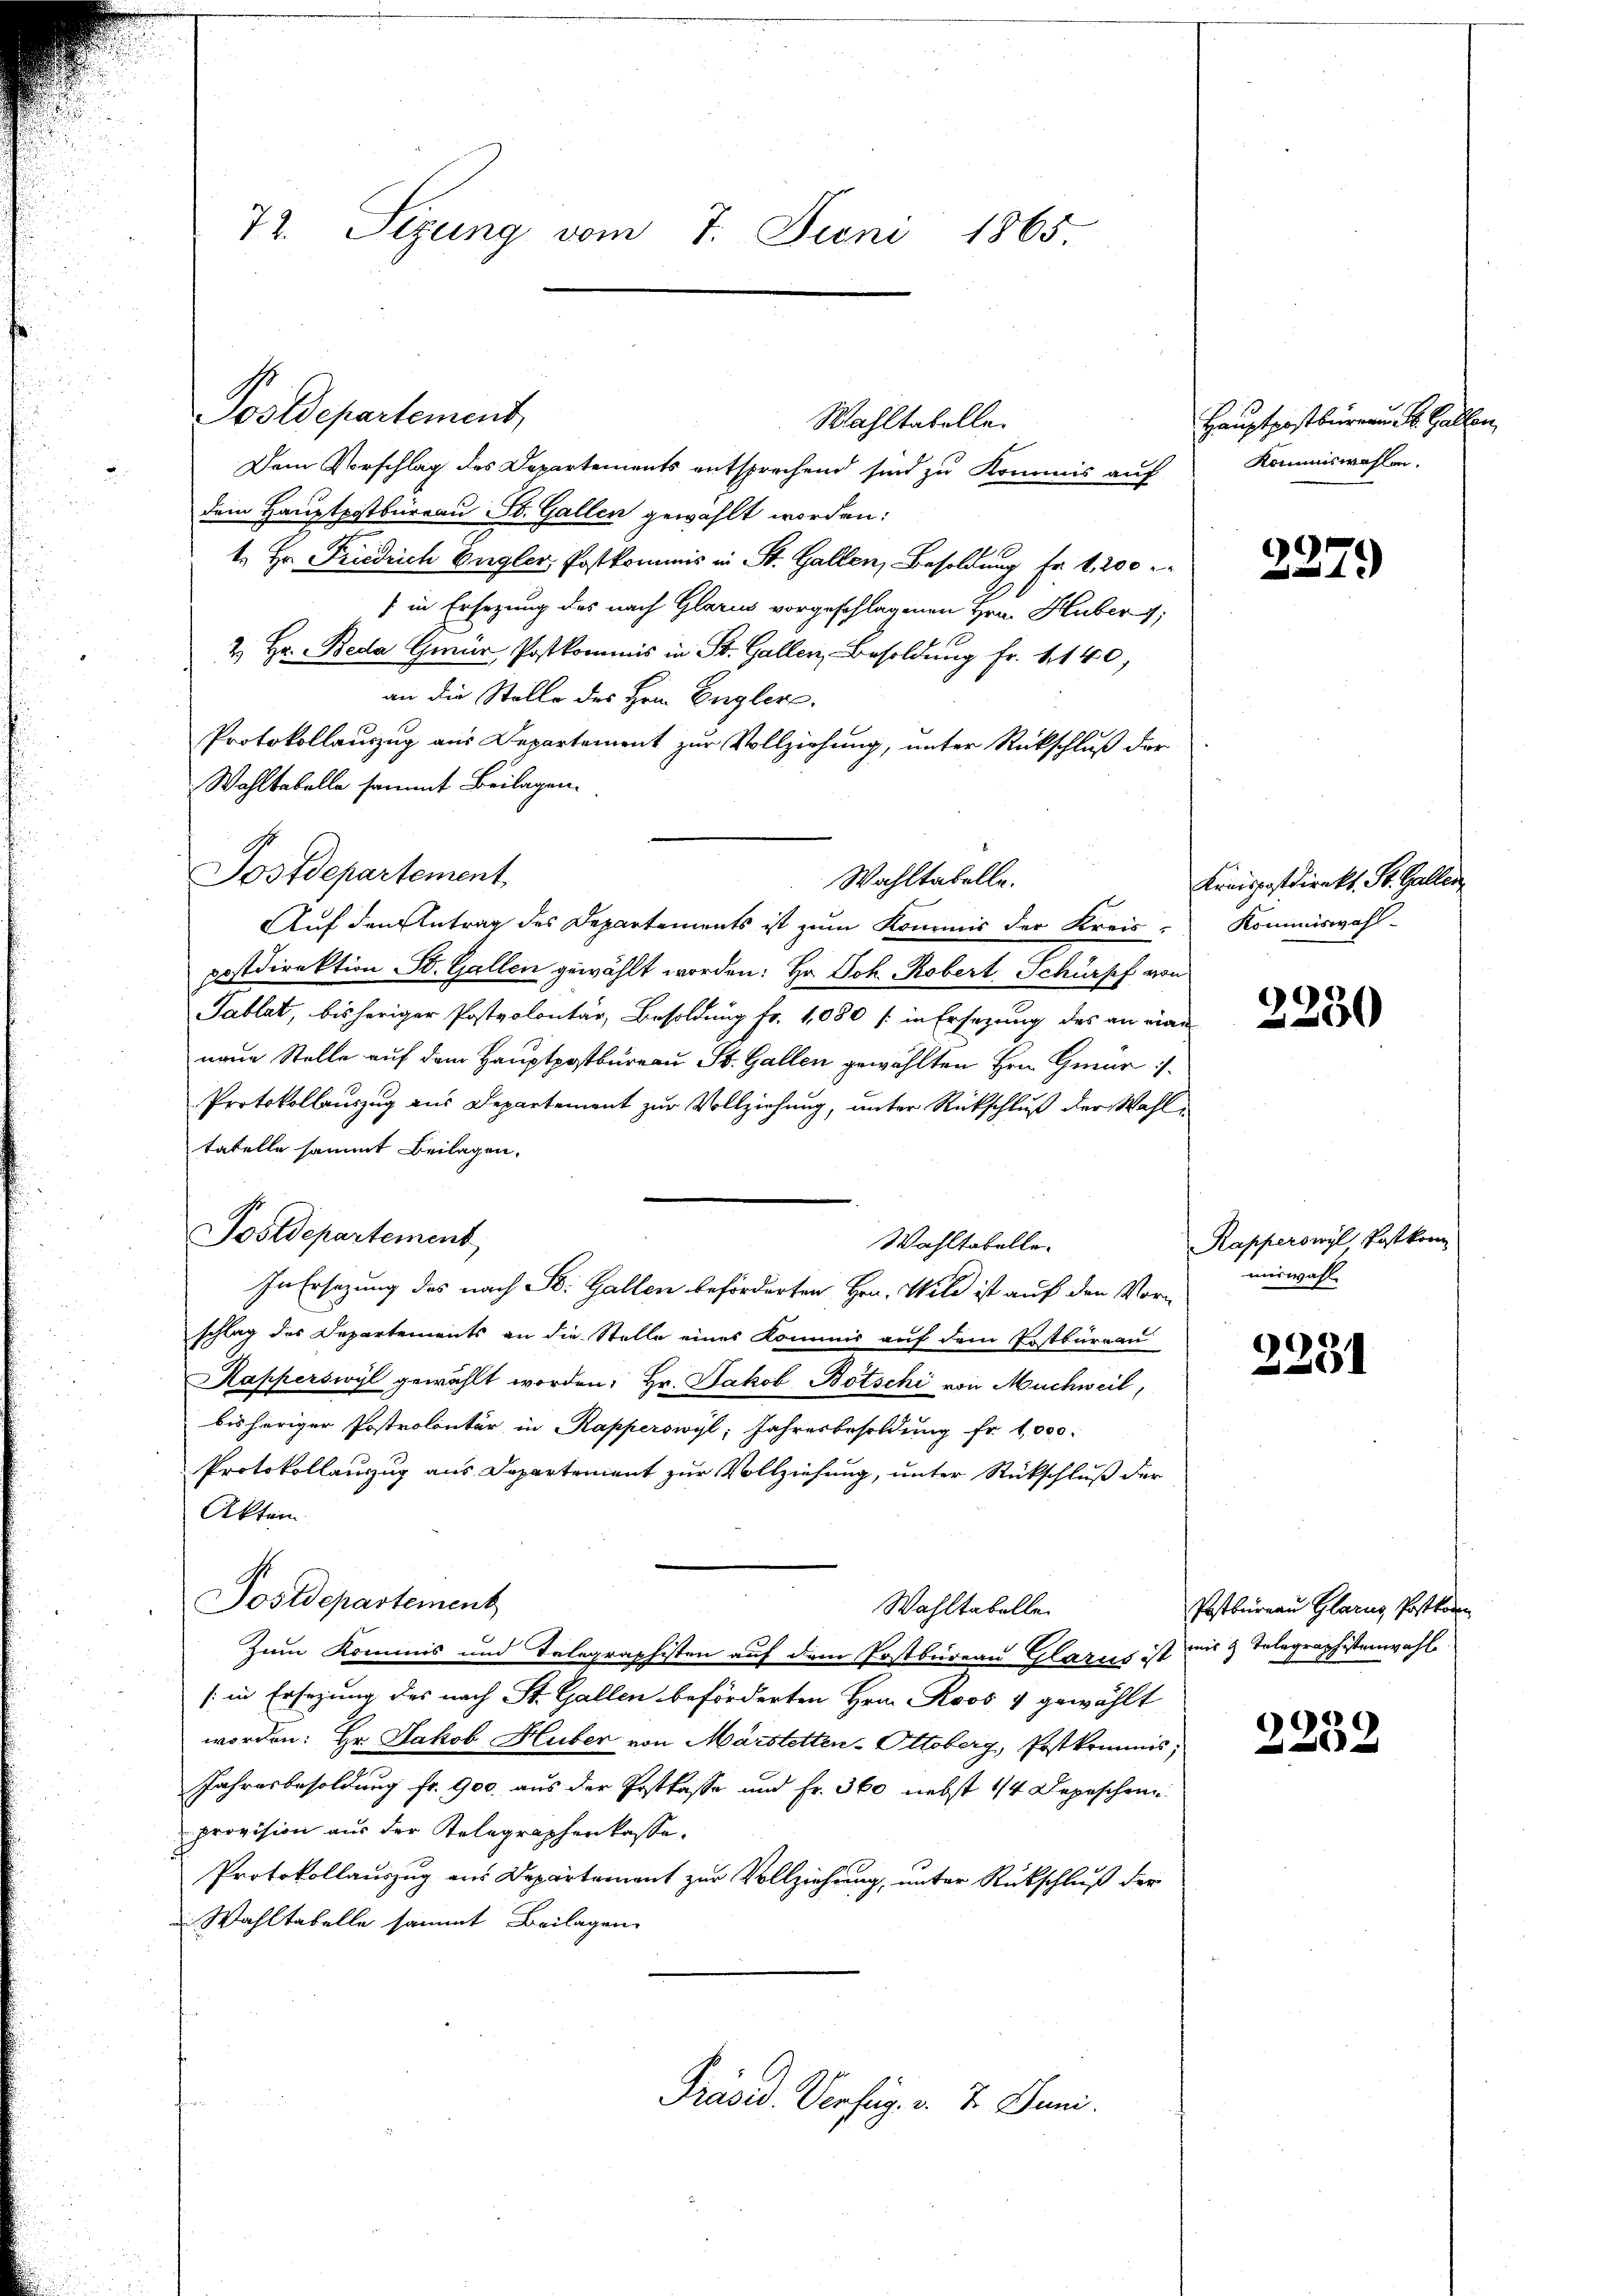
Postdepartement,

72. Sizung vom 7. Juni 1865.

Wahltabelle.
Dem Vorschlag des Departements entsprechend sind zu Kommis auf
dem Hauptpostbureau St. Gallen gewählt worden:
1. Hr. Friedrich Engler, Postkommis in St. Gallen, Besoldung fr. 1, 200
/ in Ersezung des nach Glarus vorgeschlagenen Hrn. Huber 1;
.
2 Hr. Beda Gmür Postkommis in St. Gallen, Besoldung fr. 1140,
an die Stelle des Hrn. Engler.
Protokollauszug aus Departement zur Vollziehung, unter Rückschluß der
Wohltabelle sammt Beilagen.
Postdepartement
Auf den Antrag des Departements ist zum Kommis der Kreis-
postdirektion St. Gallen gewählt worden: Hr. Joh. Robert Schürpf von
Tablat, bisheriger Postvolontär, Besoldung Fr. 1,080 / in Ersezung des an eine
neue Stelle auf dem Hauptpostbureau St. Gallen gewählten Hrn. Gmür
Protokollauszug aus Departement zur Vollziehung, unter Rückschluß der Wahltatelle sammt Beilagen.
Postdepartement
Wahltabelle.
In Ersatzung des nach St. Gallen beförderten Hrn. Wild ist auf den Vorschlag des Departements an die Stelle eines Kommis auf dem Postbureau
Kapperswyl gewählt worden: Hr. Jakob Botschi von Machweil,
bisheriger Postrolontär in Kapperswyl, Jahresbesoldung fr. 1,000
Protokollauszug aus Departement zur Vollziehung, unter Rückschluß der
Akten
l
Postdepartement
Wahltabelle.
Zum Kommis und Telegraphisten auf dem Postbureau Glarus ist mir z. Telegraphistenwahl
(in Ersezung des nach St. Gallen beförderten Hrn. Roos & gewählt
worden: Hr. Jakob Huber von Märstetten-Ottoberg, Postkommis,
Jahresbesoldung fr. 900. aus der Postkasse und Fr. 360 nebst 1/4 Depeschen
provision aus der Kelegraphenkasse.
Protokollauszug aus Departement zur Vollziehung, unter Rückschluß der
 Wahltabelle sammt Beilagen
Präsid. Verfüg. v. 7. Juni.

Wahltabelle.

Hauptpostbüreau St. Gallen,
Kommiswahlen.

2279

Kreispostdirekt. St. Gallen
Kommiswahl-

2250

Kapperswyl Postkom
miswahl.

3334

Postbureau Glarus, Postkomm

2239